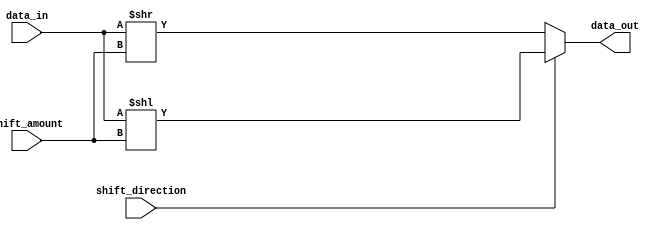
module barrel_shifter(
    input [31:0] data_in,
    input [4:0] shift_amount,
    input shift_direction,
    output reg [31:0] data_out
);

always @ (data_in, shift_amount, shift_direction)
begin
    if (shift_direction)
        data_out = data_in << shift_amount;
    else
        data_out = data_in >> shift_amount;
end

endmodule